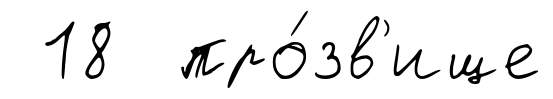
18 про́зв'ище